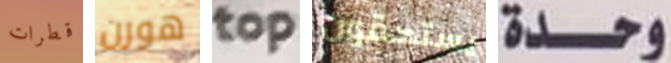
قطرات هورن top يستحقون وحدة